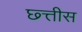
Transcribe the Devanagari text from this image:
छ्त्तीस